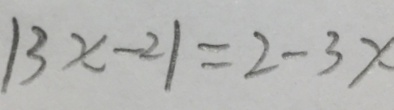
\vert 3 x - 2 \vert = 2 - 3 x